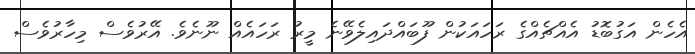
އެހެން އަގުބޮޑު އެއްޗެއްގެ ރަހައަކުން ފޫބައްދައިލެވޭނެ މީރު ރަހައެއް ނޫނެވެ. އޭރުވެސް މިހާރުވެސް